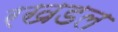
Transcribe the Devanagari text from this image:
रखडल